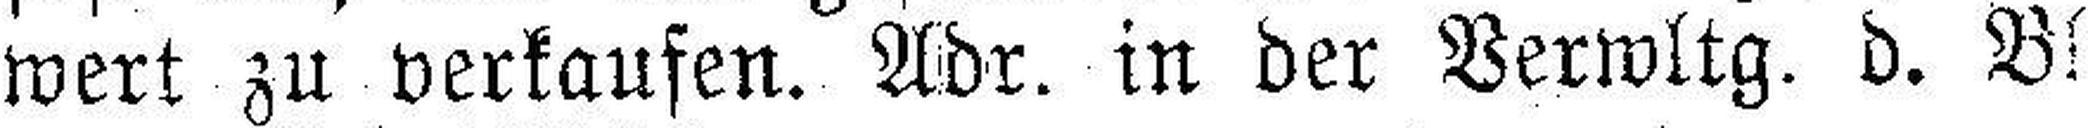
wert zu verkaufen. Adr. in der Verwltg. d. Bl